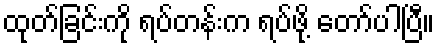
ထုတ်ခြင်းကို ရပ်တန်းက ရပ်ဖို့ တော်ပါပြီ။